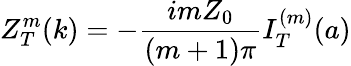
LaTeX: Z_{T}^{m}(k)=-\frac{imZ_{0}}{(m+1)\pi}I_{T}^{(m)}(a)